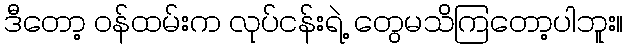
ဒီတော့ ဝန်ထမ်းက လုပ်ငန်းရဲ့ တွေမသိကြတော့ပါဘူး။